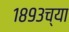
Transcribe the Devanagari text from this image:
१८९३च्या